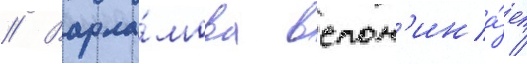
// Варла́мова вспом'ина́ет /